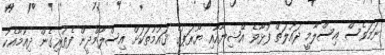
ނަމަވެސް އިސްލާމީ ދައުލަތް ފުޅާވެ އޭޝިޔާއާއި ޔޫރަޕުގެ ޤައުމުތަކަށް އިސްލާމްދީން ފެތުރިގެން ދިއުމާއެކު